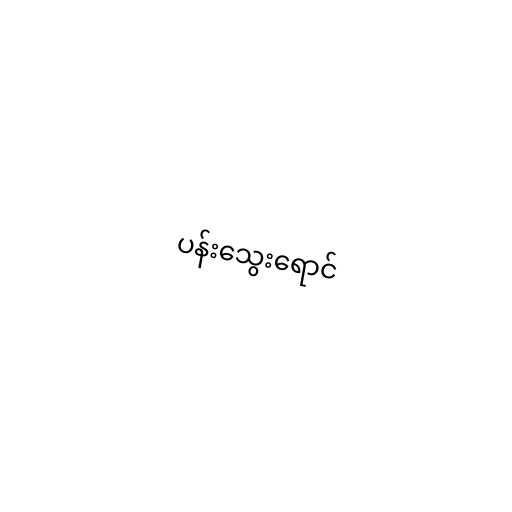
ပန်းသွေးရောင်